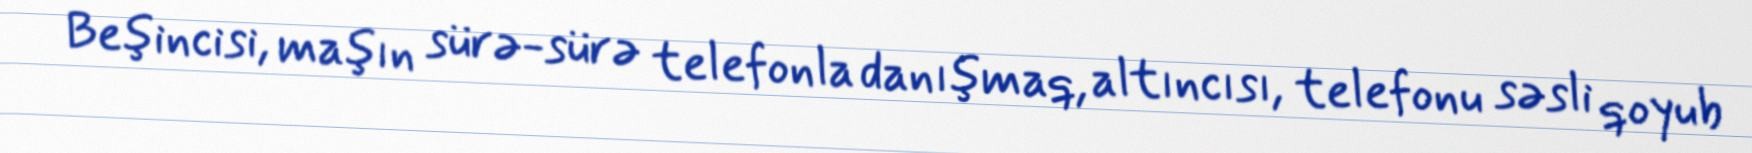
Beşincisi, maşın sürə-sürə telefonla danışmaq, altıncısı, telefonu səsli qoyub